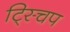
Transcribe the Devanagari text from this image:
ट्स्चिप